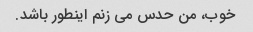
خوب، من حدس می زنم اینطور باشد.